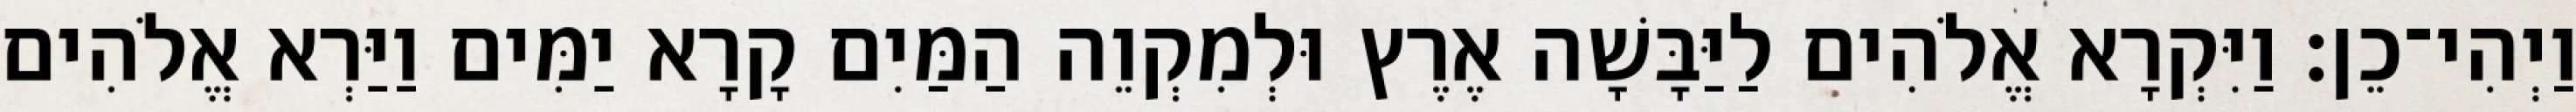
וַיְהִי־כֵן׃ וַיִּקְרָא אֱלֹהִים לַיַּבָּשָׁה אֶרֶץ וּלְמִקְוֵה הַמַּיִם קָרָא יַמִּים וַיַּרְא אֱלֹהִים